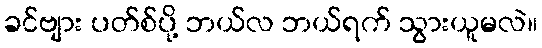
ခင်ဗျား ပတ်စ်ပို့ ဘယ်လ ဘယ်ရက် သွားယူမလဲ။